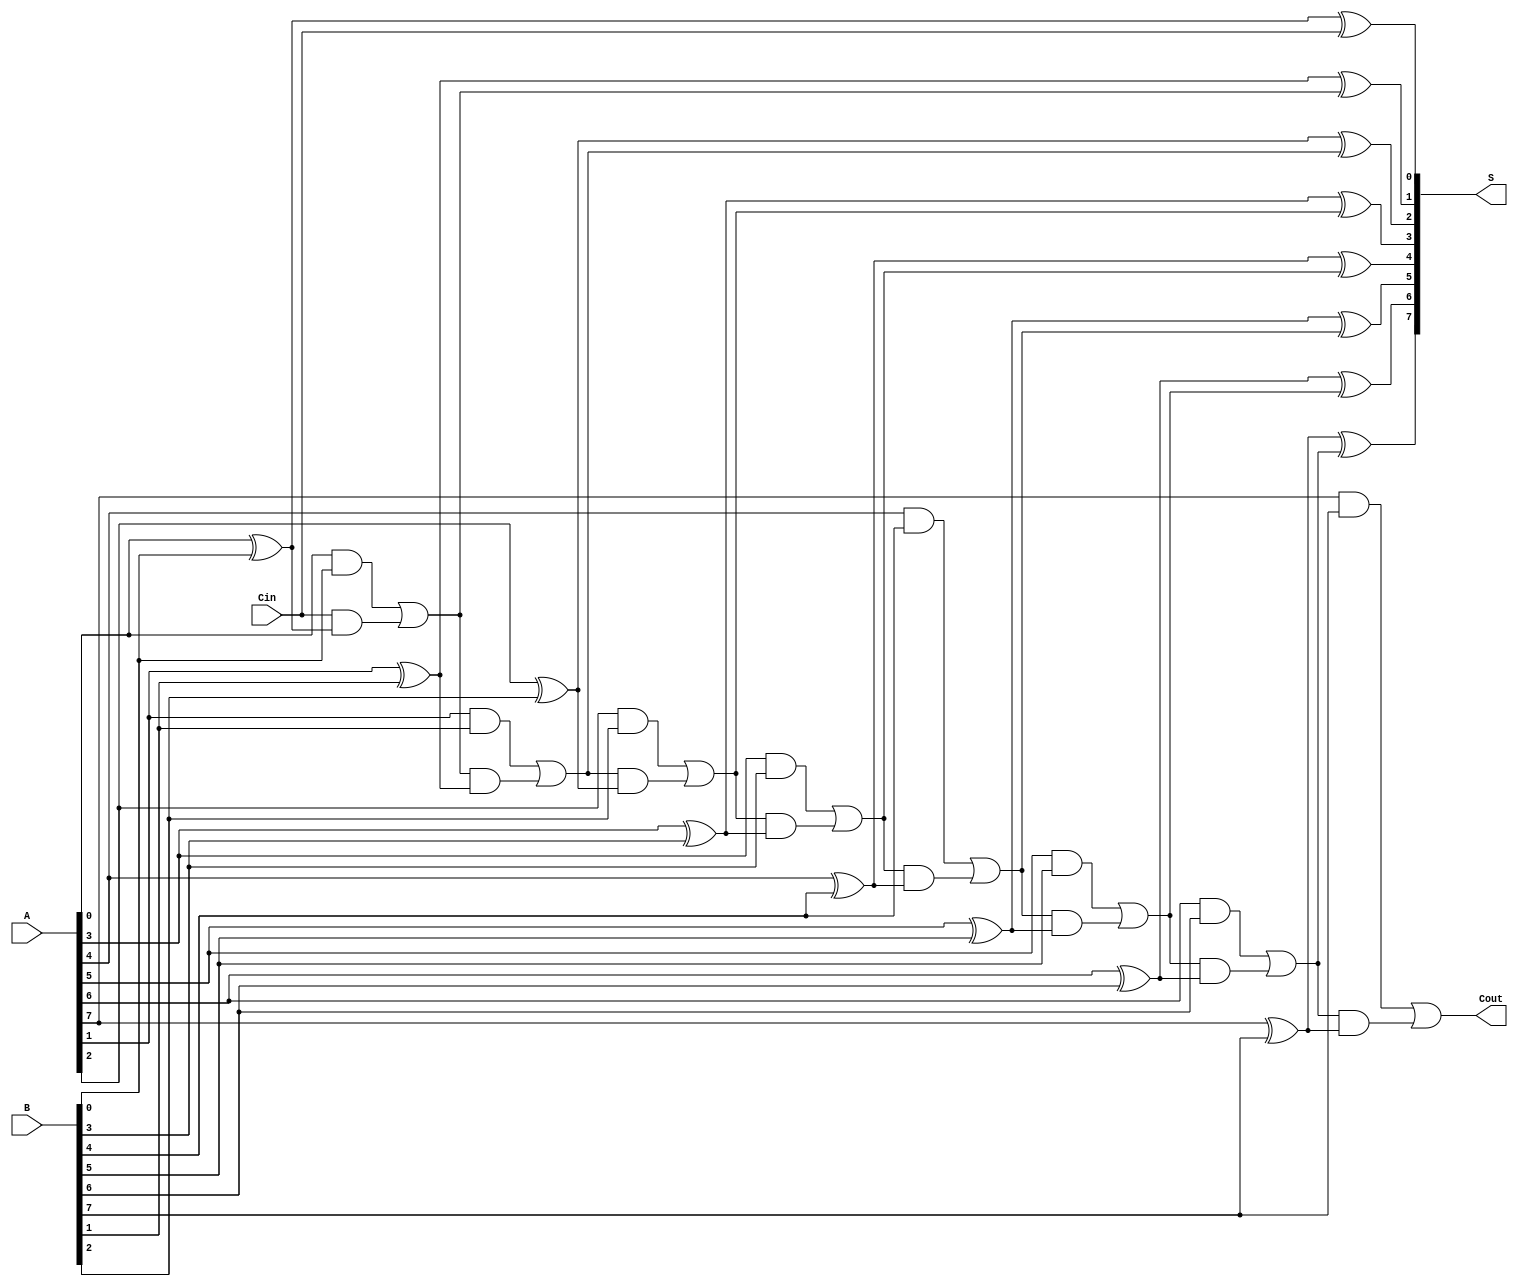
module PrecomputationCarryAdder #(parameter N = 8) (
    input [N-1:0] A,      // First n-bit binary number
    input [N-1:0] B,      // Second n-bit binary number
    input Cin,            // Carry-in
    output [N-1:0] S,     // n-bit sum output
    output Cout           // Carry-out
);

    // Internal wires for carry generation
    wire [N:0] C;         // Carry signals (C[0] = Cin, C[N] = Cout)
    
    // Precompute carry values
    assign C[0] = Cin;    // Initial carry-in
    genvar i;
    generate
        for (i = 0; i < N; i = i + 1) begin : carry_generation
            wire A_i = A[i];
            wire B_i = B[i];
            wire C_prev = C[i];

            // Generate carry for current bit
            assign C[i + 1] = (A_i & B_i) | (C_prev & (A_i ^ B_i));
        end
    endgenerate

    // Sum calculation
    generate
        for (i = 0; i < N; i = i + 1) begin : sum_generation
            assign S[i] = A[i] ^ B[i] ^ C[i];
        end
    endgenerate

    // Final carry-out
    assign Cout = C[N];

endmodule